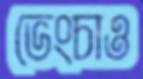
ভেংচাও